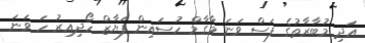
އަދި މުބާރާތުގެ ފަސް ވަނަ މާގާމް ހުސައިން ފަޔާޒް ހޯދިއިރު ހަ ވަނަ